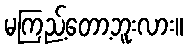
မကြည့်တော့ဘူးလား။